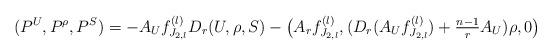
LaTeX: \begin{align*}(P^U,P^\rho,P^S) = - A_U f_{J_{2,l}}^{(l)} D_r(U,\rho,S) - \big( A_r f_{J_{2,l}}^{(l)},(D_r(A_U f_{J_{2,l}}^{(l)}) + \tfrac{n-1}{r} A_U)\rho, 0 \big)\end{align*}